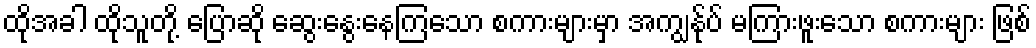
ထိုအခါ ထိုသူတို့ ပြောဆို ဆွေးနွေးနေကြသော စကားများမှာ အကျွန်ုပ် မကြားဖူးသော စကားများ ဖြစ်